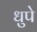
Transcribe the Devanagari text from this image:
धुपे